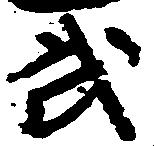
武